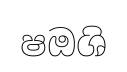
ෂඔශි